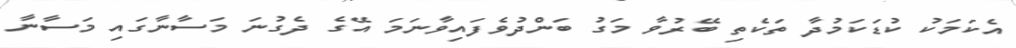
އެކަމަކު ކުޑަކަމުދާ ތަކެތި ބޭރުވާ މަގު ބަންދުވެފައިވާނަމަ އޭގެ ދެގުނަ މަސާނާގައި މަސާނާ